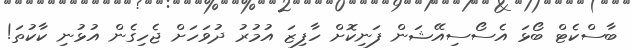
ބާސްކެޓް ބޯޅަ އެސޯސިއޭޝަން ފަނިކޮށް ހާފިޒަ އުމުރު ދުވަހަށް ޖެހިގެން އުޅުނި ކާކުތަ!